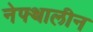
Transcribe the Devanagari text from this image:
नेफ्थालीन